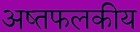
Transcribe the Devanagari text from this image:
अष्तफलकीय